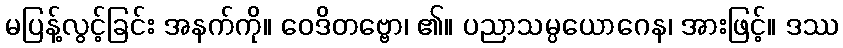
မပြန့်လွင့်ခြင်း အနက်ကို။ ဝေဒိတဗ္ဗော၊ ၏။ ပညာသမ္ပယောဂေန၊ အားဖြင့်။ ဒဿ